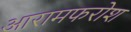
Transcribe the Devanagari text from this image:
आरामफरोश